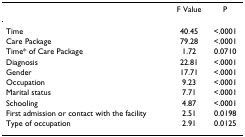
<table><thead><tr><td></td><td><b>F Value</b></td><td><b>P</b></td></tr></thead><tbody><tr><td>Time</td><td>40.45</td><td>&lt;.0001</td></tr><tr><td>Care Package</td><td>79.28</td><td>&lt;.0001</td></tr><tr><td>Time* of Care Package</td><td>1.72</td><td>0.0710</td></tr><tr><td>Diagnosis</td><td>22.81</td><td>&lt;.0001</td></tr><tr><td>Gender</td><td>17.71</td><td>&lt;.0001</td></tr><tr><td>Occupation</td><td>9.23</td><td>&lt;.0001</td></tr><tr><td>Marital status</td><td>7.71</td><td>&lt;.0001</td></tr><tr><td>Schooling</td><td>4.87</td><td>&lt;.0001</td></tr><tr><td>First admission or contact with the facility</td><td>2.51</td><td>0.0198</td></tr><tr><td>Type of occupation</td><td>2.91</td><td>0.0125</td></tr></tbody></table>